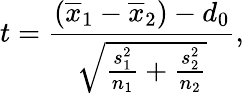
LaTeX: t={\frac{({\overline{{x}}}_{1}-{\overline{{x}}}_{2})-d_{0}}{\sqrt{{\frac{s_{1}^{2}}{n_{1}}}+{\frac{s_{2}^{2}}{n_{2}}}}}},